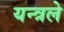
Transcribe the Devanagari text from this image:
यन्त्रले